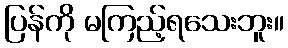
ပြန်ကို မကြည့်ရသေးဘူး။